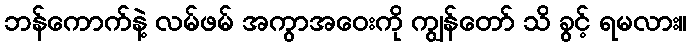
ဘန်ကောက်နဲ့ လမ်ဖမ် အကွာအဝေးကို ကျွန်တော် သိ ခွင့် ရမလား။